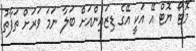
"މޮޓޯ ޔޮޓް އޭ އަކީ އޭގެ ޑިޒައިންއަށް ބަލާ ނަމަ ވަރަށް ތަފާތު